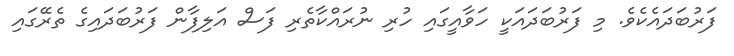
ފަރުބަދައެކެވެ. މި ފަރުބަދައަކީ ހަވާއީގައި ހުރި ނުރައްކާތެރި ފަސް އަލިފާން ފަރުބަދައިގެ ތެރޭގައި